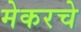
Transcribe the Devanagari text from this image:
मेकरचे